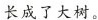
长成了大树。